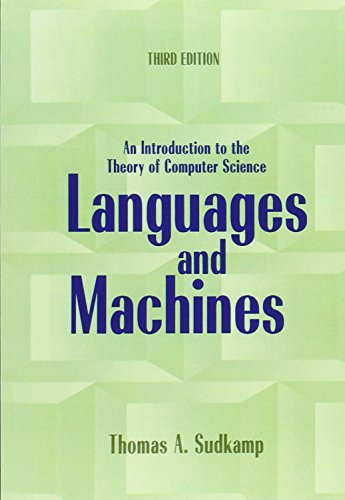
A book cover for Languages and Machines: An Introduction to the Theory of Computer Science (3rd Edition); Thomas A. Sudkamp; Computers & Technology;